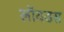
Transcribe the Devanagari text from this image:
लॉयडस